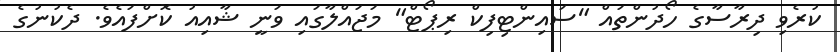
ކުރެވި ދިރާސާގެ ހޯދުންތައް "ސައިންޓިފިކް ރިޕޯޓް" މަޖައްލާގައި ވަނީ ޝާއިއު ކޮށްފައެވެ. ދެކުނުގެ